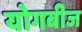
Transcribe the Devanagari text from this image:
योगबीज